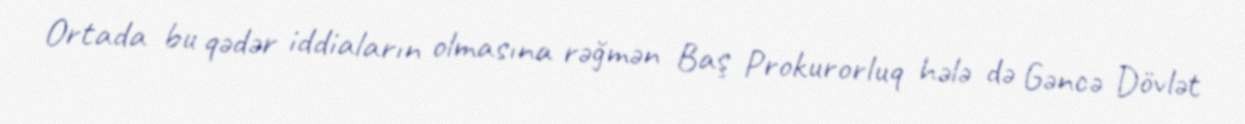
Ortada bu qədər iddiaların olmasına rəğmən Baş Prokurorluq hələ də Gəncə Dövlət